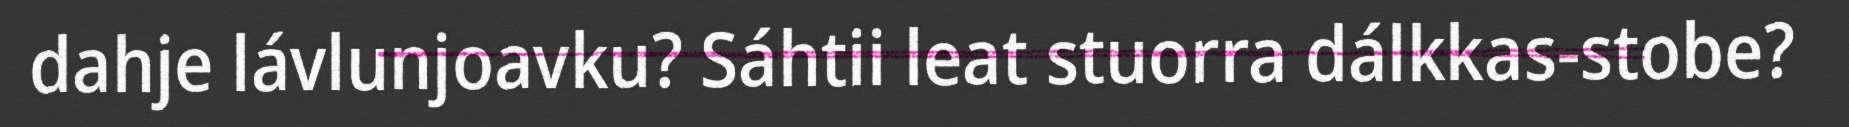
dahje lávlunjoavku? Sáhtii leat stuorra dálkkas-stobe?